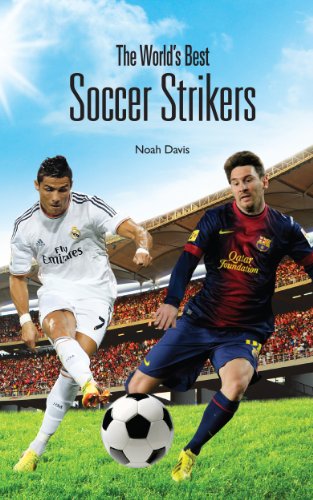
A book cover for The World's Best Soccer Strikers; Noha Davis; Biographies & Memoirs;